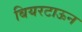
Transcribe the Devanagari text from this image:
बियरटाऊन